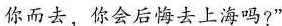
你而去，你会后悔去上海吗?”